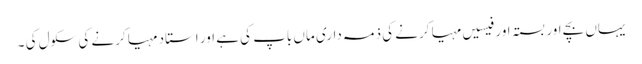
یہاں بچے اور بستہ اور فیسیں مہیا کرنے کی ذمہ داری ماں باپ کی ہے اور استاد مہیا کرنے کی سکول کی ۔